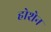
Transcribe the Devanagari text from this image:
होशेन